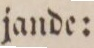
jande: